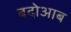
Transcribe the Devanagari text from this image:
बदोआब